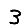
Digit: 3